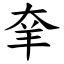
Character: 羍